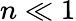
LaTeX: n\ll 1